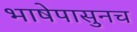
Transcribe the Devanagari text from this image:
भाषेपासुनच